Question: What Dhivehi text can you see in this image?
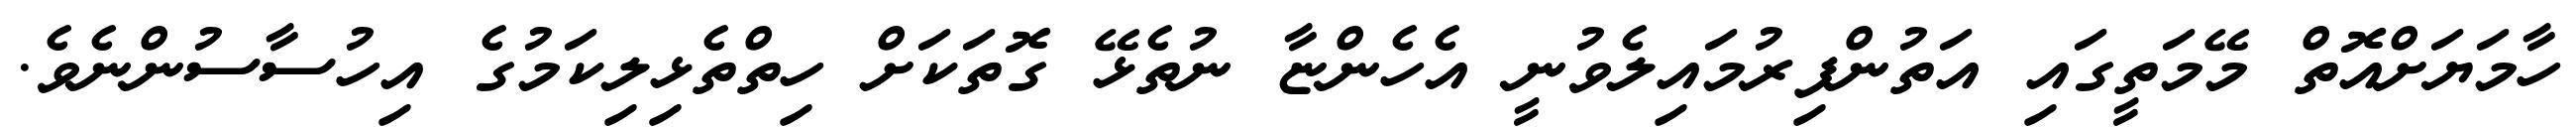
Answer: ހާމަޔަށްއޮތް މޭމަތީގައި އަތުންފިރުމައިލެވުނީ އެހެންޏާ ނުތެޅޭ ގޮތަކަށް ހިތްތެޅިލިކަމުގެ އިހުސާސުންނެވެ.